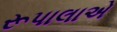
રૂપાલાએ